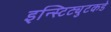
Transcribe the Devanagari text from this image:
इन्स्टिट्युटकडे